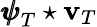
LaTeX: {\pmb{\psi}}_{T}\star{\mathbf v}_{T}